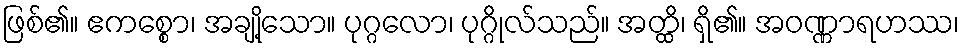
ဖြစ်၏။ ဧကစ္စော၊ အချို့သော။ ပုဂ္ဂလော၊ ပုဂ္ဂိုလ်သည်။ အတ္ထိ၊ ရှိ၏။ အဝဏ္ဏာရဟဿ၊